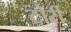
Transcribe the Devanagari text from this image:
टोर्री